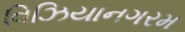
વિઝિયાનગરમ